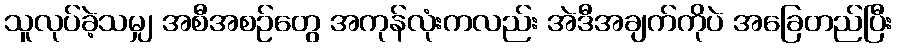
သူလုပ်ခဲ့သမျှ အစီအစဉ်တွေ အကုန်လုံးကလည်း အဲဒီအချက်ကိုပဲ အခြေတည်ပြီး